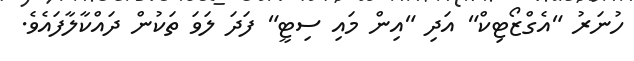
ހުނަރު "އެގްޒޯޓިކް" އަދި "އިން މައި ސިޓީ" ފަދަ ލަވަ ތަކުން ދައްކާލާފައެވެ.